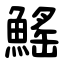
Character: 鰩